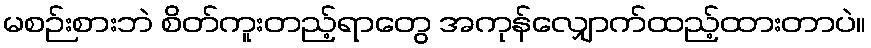
မစဉ်းစားဘဲ စိတ်ကူးတည့်ရာတွေ အကုန်လျှောက်ထည့်ထားတာပဲ။